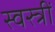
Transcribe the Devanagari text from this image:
स्वस्त्रीं